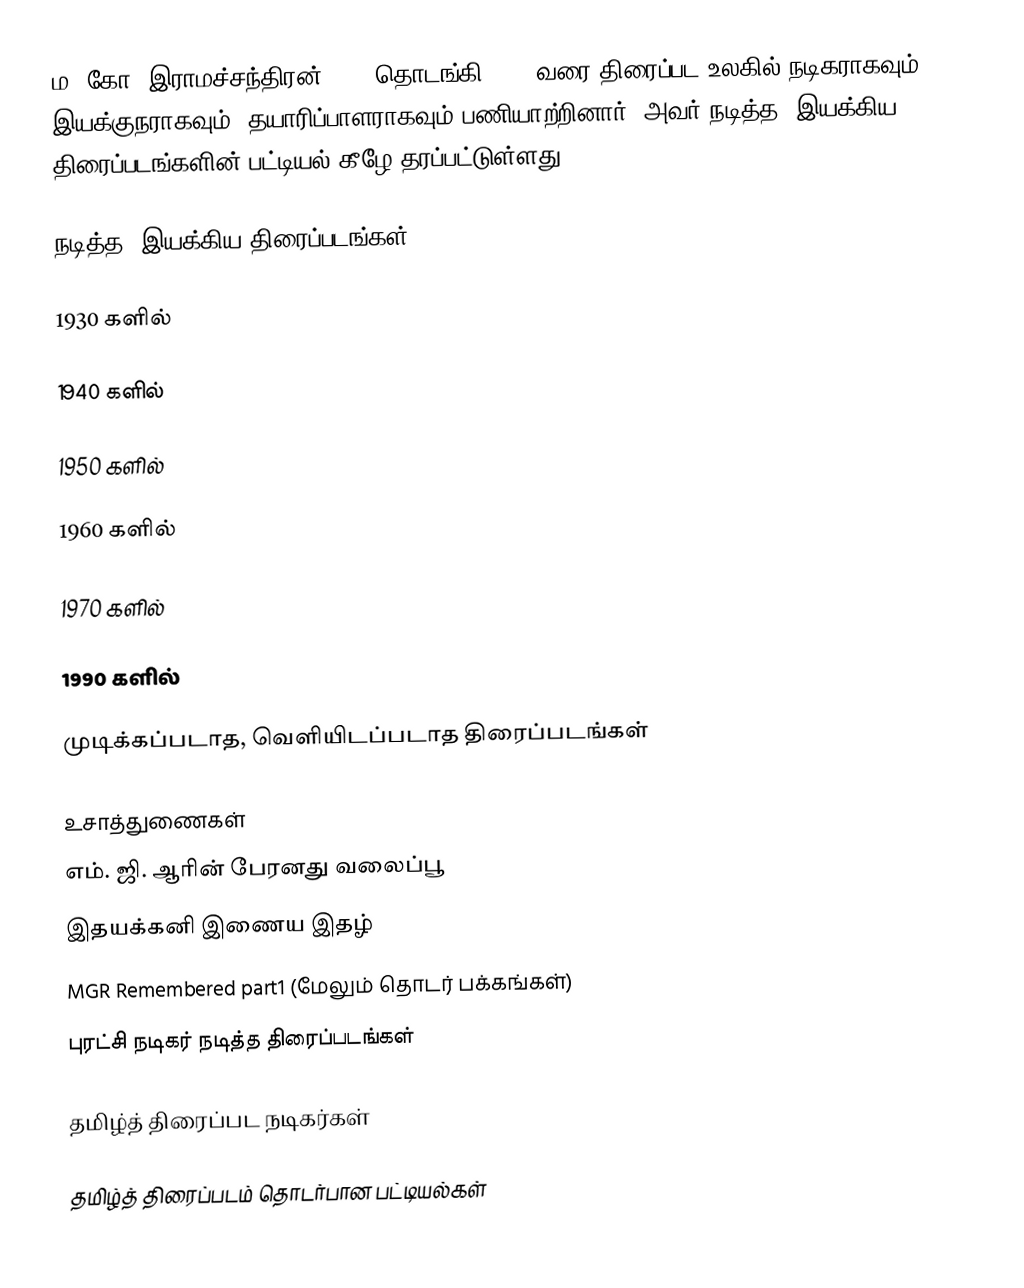
ம. கோ. இராமச்சந்திரன் 1936 தொடங்கி 1987 வரை திரைப்பட உலகில் நடிகராகவும், இயக்குநராகவும், தயாரிப்பாளராகவும் பணியாற்றினார். அவர் நடித்த, இயக்கிய திரைப்படங்களின் பட்டியல் கீழே தரப்பட்டுள்ளது.

நடித்த, இயக்கிய திரைப்படங்கள்

1930 களில்

1940 களில்

1950 களில்

1960 களில்

1970 களில்

1990 களில்

முடிக்கப்படாத, வெளியிடப்படாத திரைப்படங்கள்

உசாத்துணைகள்
 எம். ஜி. ஆரின் பேரனது வலைப்பூ
 இதயக்கனி இணைய இதழ்
 MGR Remembered part1 (மேலும் தொடர் பக்கங்கள்)
புரட்சி நடிகர் நடித்த திரைப்படங்கள்

தமிழ்த் திரைப்பட நடிகர்கள்

தமிழ்த் திரைப்படம் தொடர்பான பட்டியல்கள்